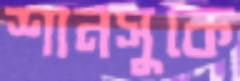
শানসুকে